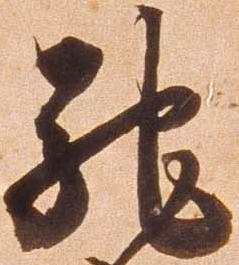
馳